Civil Veterinary Department. United Provinces 1932-42 - 1932-1942
Year: 1932
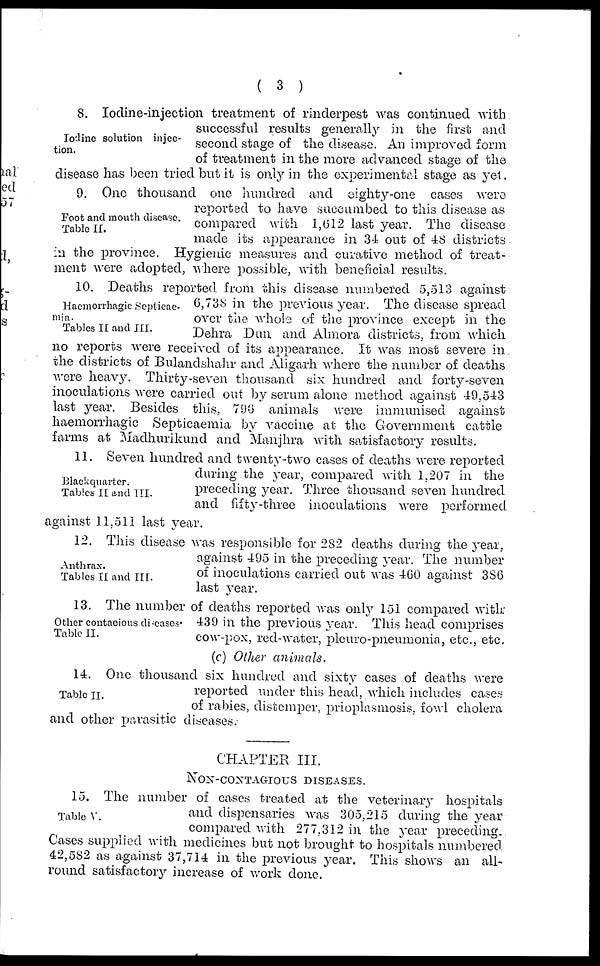
( 3 )
Iodine solution injec-
tion.
8. Iodine-injection treatment of rinderpest was continued with
successful results generally in the first and
second stage of the disease. An improved form
of treatment in the more advanced stage of the
disease has been tried but it is only in the experimental stage as yet
Foot and mouth disease.
Table II.
9. One thousand one hundred and eighty-one cases were
reported to have succumbed to this disease as
compared with 1,012 last year. The disease
made its appearance in 34 out of 48 districts
in the province. Hygienic measures and curative method of treat-
ment were adopted, where possible, with beneficial results.
Haemorrhagic Septicae-
mia.
Tables II and III.
10. Deaths reported from this disease numbered 5,513 against
6,738 in the previous year. The disease spread
over the whole of the province except in the
Dehra Dun and Almora districts, from which
no reports were received of its appearance. It was most severe in
the districts of Bulandshahr and Aligarh where the number of deaths
were heavy. Thirty-seven thousand six hundred and forty-seven
inoculations were carried out by serum alone method against 49,543
last year. Besides this, 790 animals were immunised against
haemorrhagic Septicaemia by vaccine at the Government cattle
farms at Madhurikund and Manjhra with satisfactory results.
Blackquartcr.
Tables II and III.
11. Seven hundred and twenty-two cases of deaths were reported
during the year, compared with 1,207 in the
preceding year. Three thousand seven hundred
and fifty-three inoculations were performed
against 11,511 last year.
Anthrax.
Tables II and III.
12. This disease was responsible for 282 deaths during the year,
against 495 in the preceding year. The number
of inoculations carried out was 460 against 386
last year.
Other contagious diseases
Table II.
13. The number of deaths reported was only 151 compared with
439 in the previous year. This head comprises
cow-pox, red-water, pleuro-pneunionia, etc., etc.
(c) Other animals.
Table II.
14. One thousand six hundred and sixty cases of deaths were
reported under this head, which includes cases
of rabies, distemper, prioplasmosis, fowl cholera
and other parasitic diseases.
CHAPTER III.
NON-CONTAGIOUS DISEASES.
Table V.
15. The number of cases treated at the veterinary hospitals
and dispensaries was 305,215 during the year
compared with 277,312 in the year preceding.
Cases supplied with medicines but not brought to hospitals numbered
42,582 as against 37,714 in the previous year. This shows an all-
round satisfactory increase of work done.